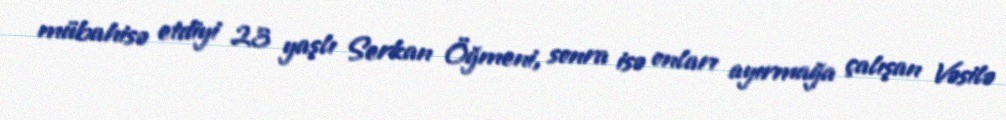
mübahisə etdiyi 23 yaşlı Serkan Öğmeni, sonra isə onları ayırmağa çalışan Vəsilə